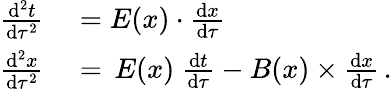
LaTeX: \begin{array}{rl}{\frac{\mathrm{d}^{2}t}{\mathrm{d}\tau^{2}}}&{{}=E(x)\cdot\frac{\mathrm{d}{x}}{\mathrm{d}\tau}}\\ {\frac{\mathrm{d}^{2}x}{\mathrm{d}\tau^{2}}}&{{}=\, E(x)\ \frac{\mathrm{d}t}{\mathrm{d}\tau}-B(x)\times\frac{\mathrm{d}{x}}{\mathrm{d}\tau}\, .}\end{array}